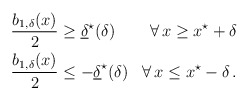
\begin{align*} \begin{aligned}\dfrac{b_{1,\delta}(x)}{2} &\geq \underline{\delta}^\star (\delta) &\forall \, x \geq x^\star + \delta\\\dfrac{b_{1,\delta}(x)}{2} &\leq - \underline{\delta}^\star (\delta) &\forall \, x \leq x^\star - \delta\,.\end{aligned} \end{align*}